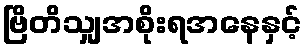
ဗြိတိသျှအစိုးရအနေနှင့်